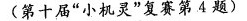
(第十届”小机灵”复赛第4题)